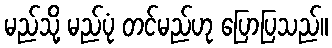
မည်သို့ မည်ပုံ တင်မည်ဟု ပြောပြသည်။